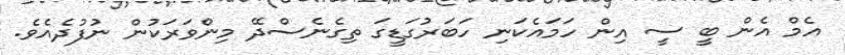
އެމް އެން ބީ ސީ އިން ހަމައެކަނި ހަބަރުގަޑީގަ ތިގެނެސްދޭ މިންވަރަކުން ނުފުދެއެވެ.